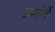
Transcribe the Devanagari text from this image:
उमंगें